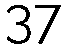
37